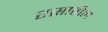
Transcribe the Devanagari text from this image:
रसातील